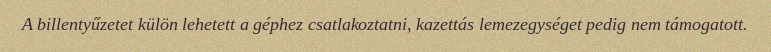
A billentyűzetet külön lehetett a géphez csatlakoztatni, kazettás lemezegységet pedig nem támogatott.